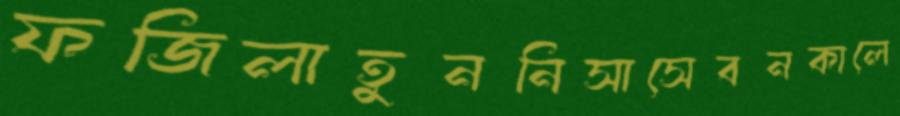
ফজিলাতুননিসাসেবনকালে